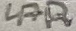
Text: 47R